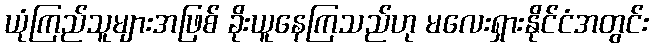
ယုံကြည်သူများအဖြစ် ခိုးယူနေကြသည်ဟု မလေးရှားနိုင်ငံအတွင်း